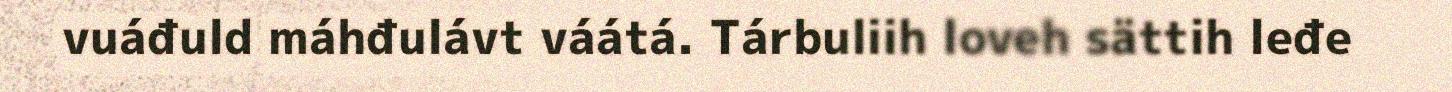
vuáđuld máhđulávt váátá. Tárbuliih loveh sättih leđe